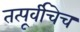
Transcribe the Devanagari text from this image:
तत्पूर्वीचेच